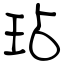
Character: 玷